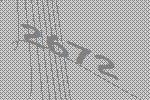
2672